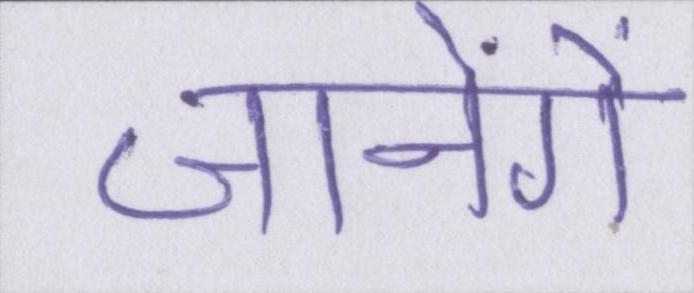
जानेंगे